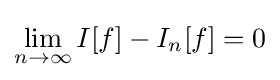
\lim _{n\rightarrow \infty }I[f]-I_{n}[f]=0